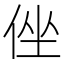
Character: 侳